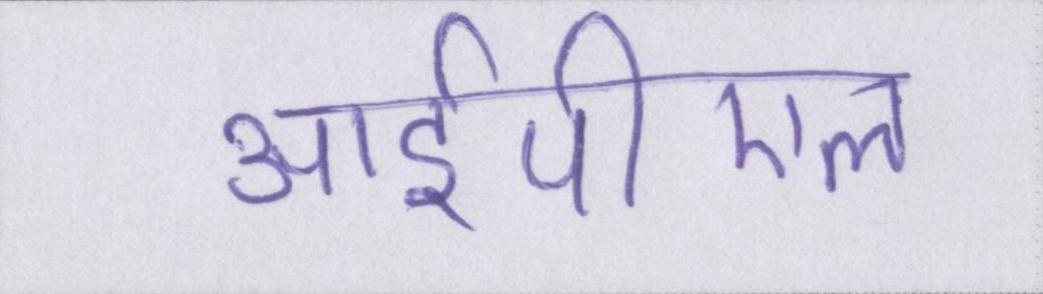
आईपीएल